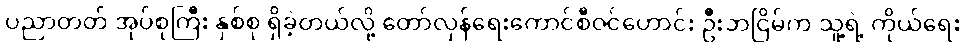
ပညာတတ် အုပ်စုကြီး နှစ်စု ရှိခဲ့တယ်လို့ တော်လှန်ရေးကောင်စီဝင်ဟောင်း ဦးဘငြိမ်က သူ့ရဲ့ ကိုယ်ရေး